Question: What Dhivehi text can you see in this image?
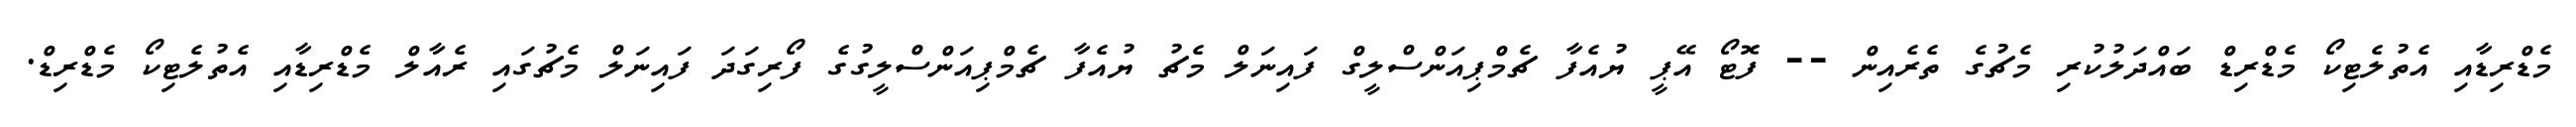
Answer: މެޑްރިޑާއި އެތުލެޓިކޯ މެޑްރިޑް ބައްދަލުކުރި މެޗުގެ ތެރެއިން -- ފޮޓޯ އޭޕީ ޔުއެފާ ޗެމްޕިއަންސްލީގް ފައިނަލް މެޗު ޔުއެފާ ޗެމްޕިއަންސްލީގުގެ ފޯރިގަދަ ފައިނަލް މެޗުގައި ރެއާލް މެޑްރިޑާއި އެތުލެޓިކޯ މެޑްރިޑް.